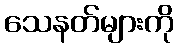
သေနတ်များကို